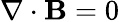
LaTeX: \nabla\cdot\mathbf{B}=0